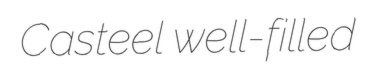
Casteel well-filled